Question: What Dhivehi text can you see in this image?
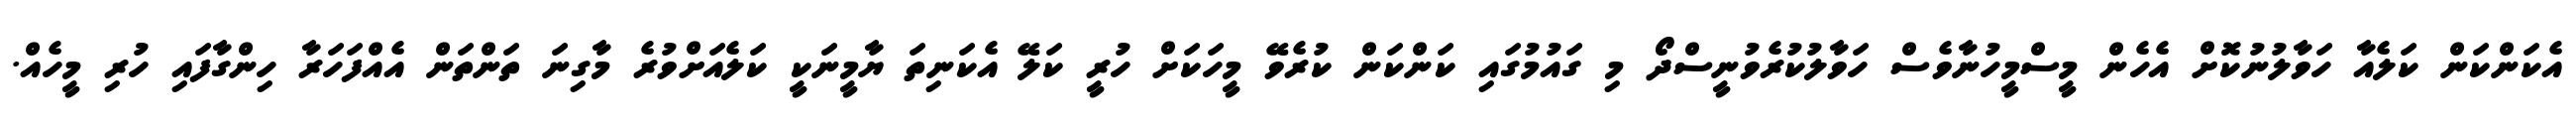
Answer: އެކަންކަން ކަލެއާ ހަވާލުނުކޮށް އެހެން މީސްމީހުނާވެސް ހަވާލުކުރެވުނީސްދޯ މި ގައުމުގައި ކަންކަން ކުރެވޭ މީހަކަށް ހުރީ ކަލޭ އެކަނިތަ ޔާމީނަކީ ކަލެއަށްވުރެ މާގިނަ ތަންތަން އެއްފަހަރާ ހިންގާފައި ހުރި މީހެއް.